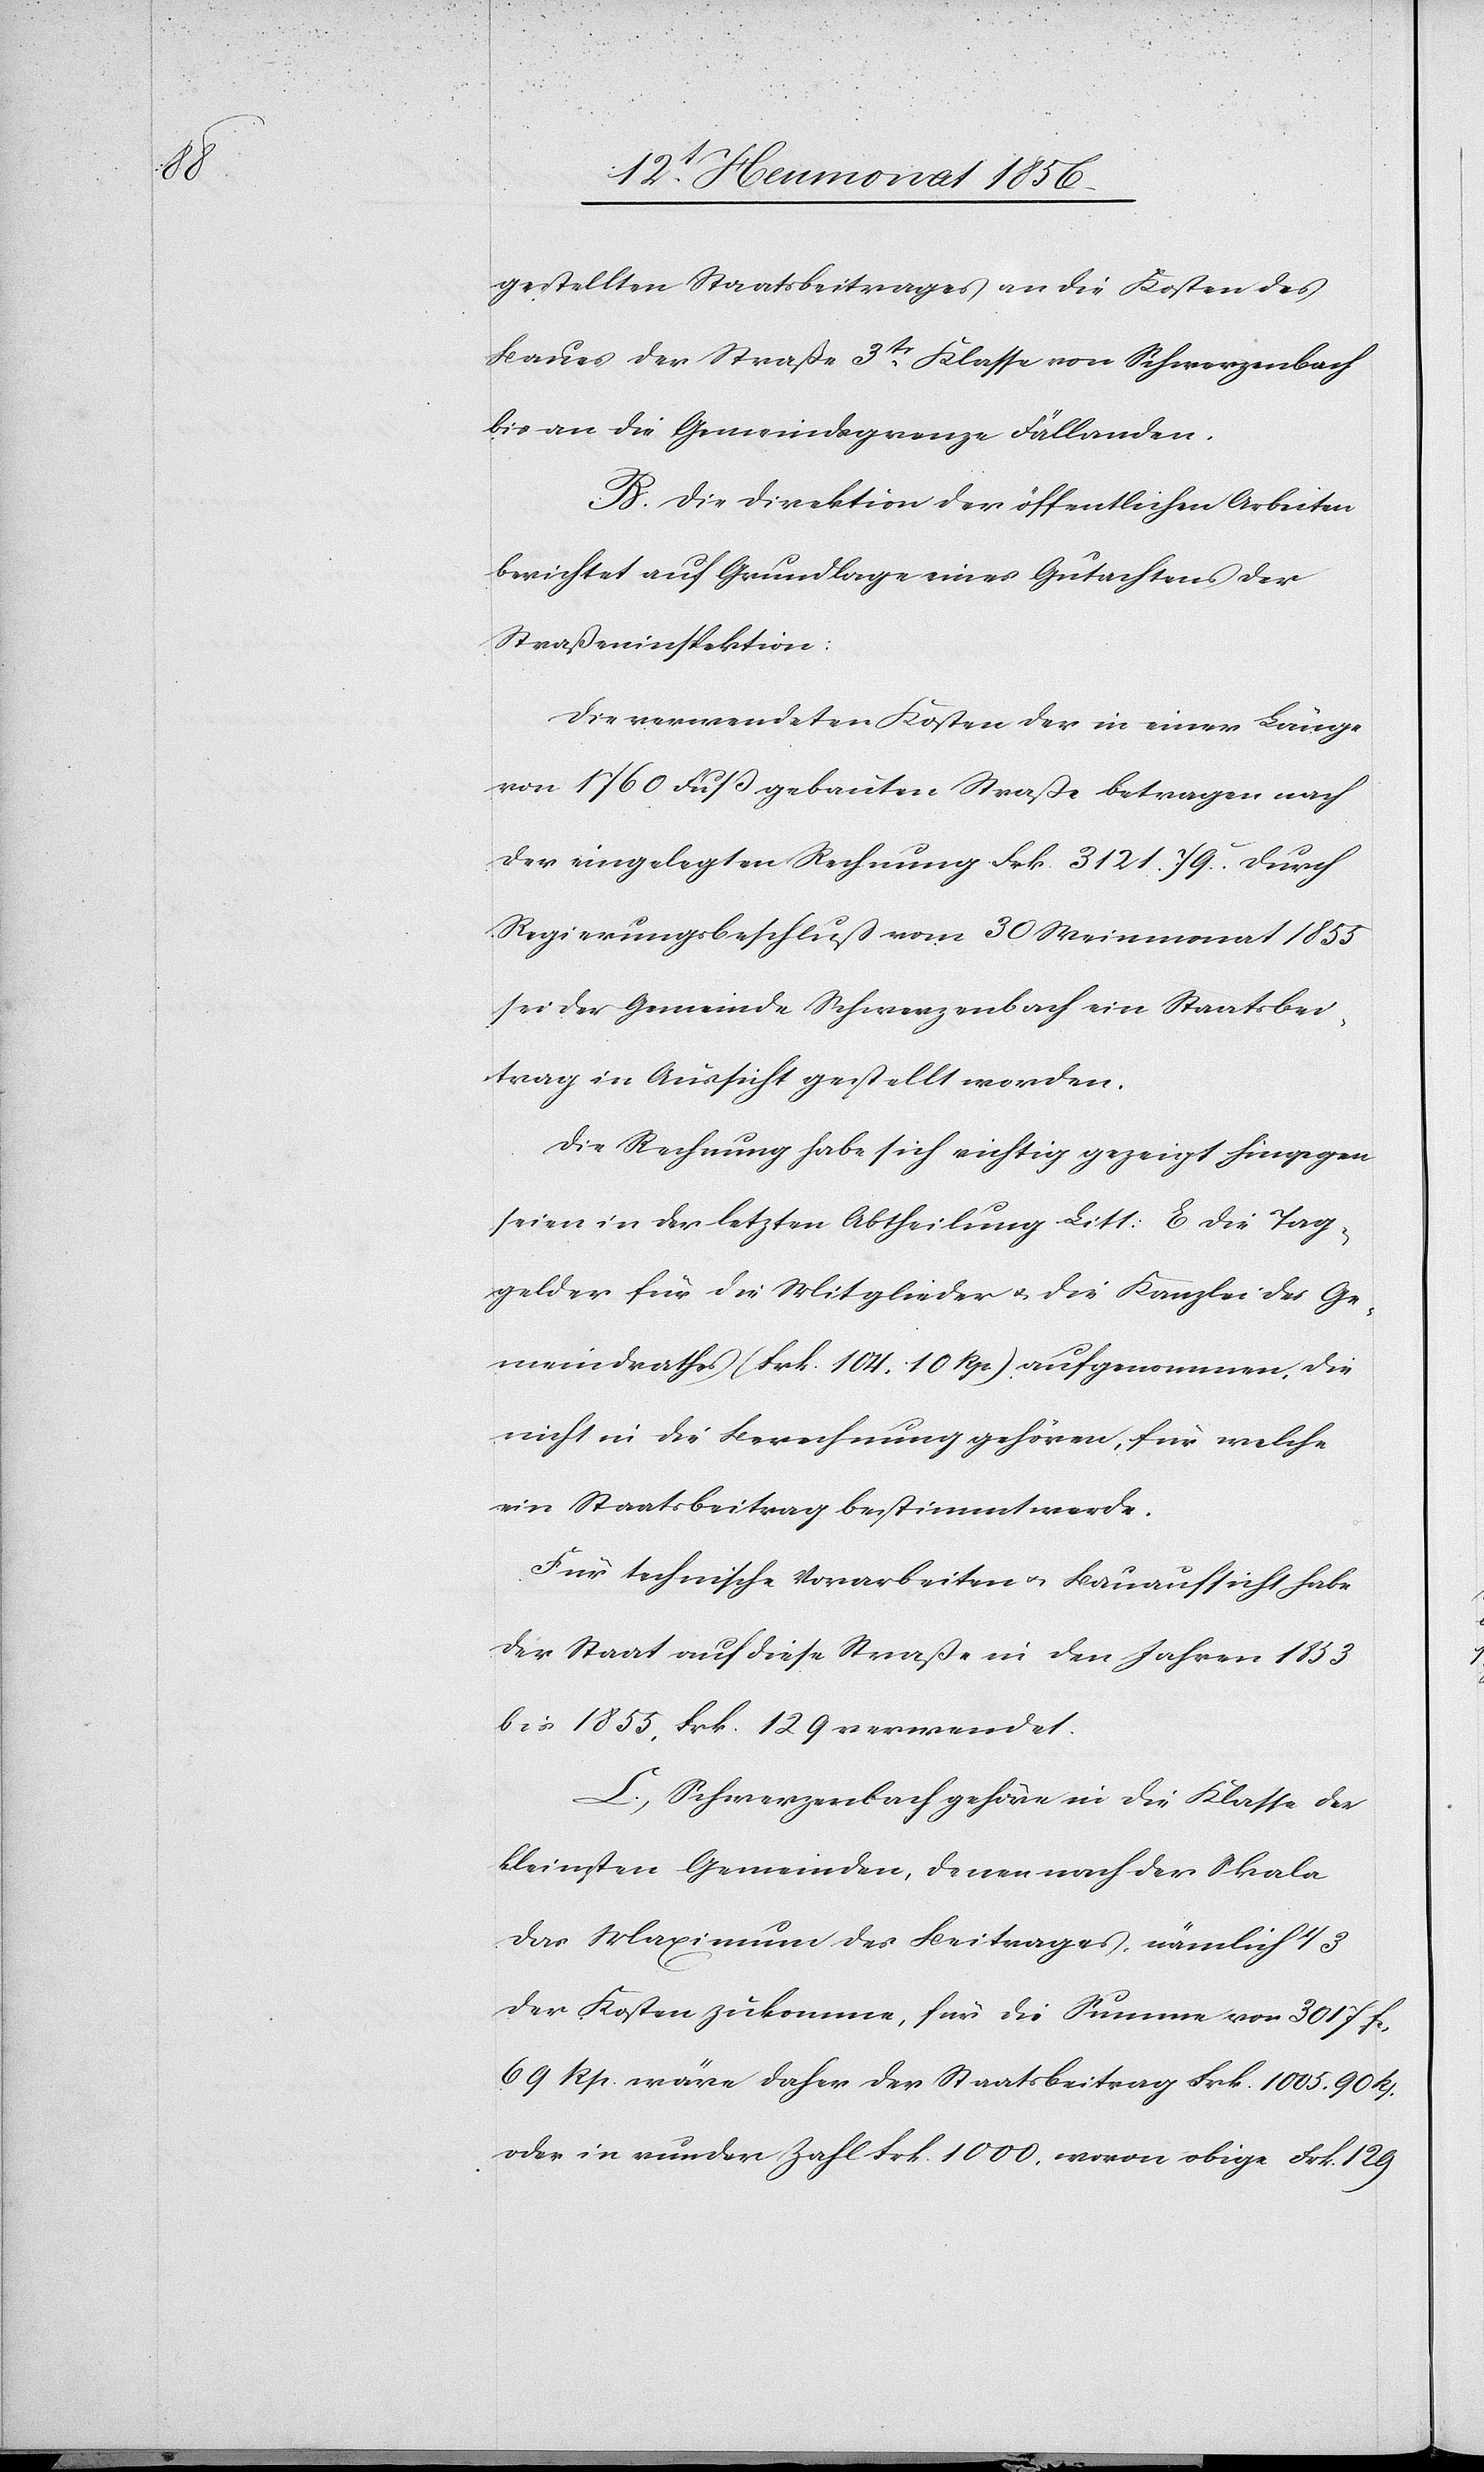
gestellten Staatsbeitrages an die Kosten des
Baues der Straße 3tr Klasse von Schwerzenbach
bis an die Gemeindsgrenze Fällanden.
B. Die Direktion der öffentlichen Arbeiten
berichtet auf Grundlage eines Gutachtens der
Straßeninspektion:
Die verwendeten Kosten der in einer Länge
von 1760 Fuß gebauten Straße betragen nach
der eingelegten Rechnung Frk. 3121. 79c. Durch
Regierungsbeschluß vom 30 Weinmonat 1855
sei der Gemeinde Schwerzenbach ein Staatsbei¬
trag in Aussicht gestellt worden.
Die Rechnung habe sich richtig gezeigt hingegen
seien in der letzten Abtheilung Litt: E. die Tag¬
gelder für die Mitglieder u. die Kanzlei des Ge¬
meindrathes (Frk. 104. 10 Rp.) aufgenommen, die
nicht in die Berechnung gehören, für welche
ein Staatsbeitrag bestimmt werde.
Für technische Vorarbeiten u. Bauaufsicht habe
der Staat auf diese Straße in den Jahren 1853
bis 1855, Frk. 129 verwendet.
C. Schwerzenbach gehöre in die Klasse der
kleinsten Gemeinden, denen nach der Skala
das Maximum des Beitrages, nämlich 1/3
der Kosten zukomme, für die Summe von 3017 fc.
69 Rp. wäre daher der Staatsbeitrag Frk. 1005. 90 Rp.
oder in runder Zahl Frk. 1000, wovon obige Frk. 129